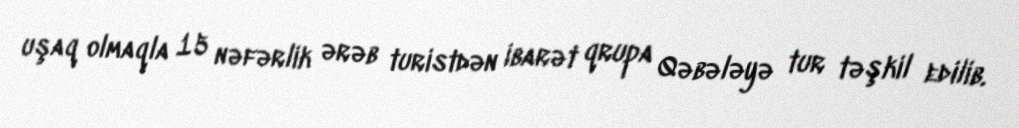
uşaq olmaqla 15 nəfərlik ərəb turistdən ibarət qrupa Qəbələyə tur təşkil edilib.